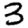
Digit: 3